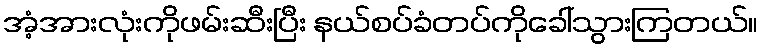
အံ့အားလုံးကိုဖမ်းဆီးပြီး နယ်စပ်ခံတပ်ကိုခေါ်သွားကြတယ်။